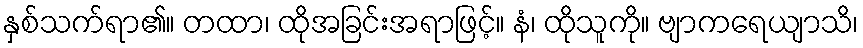
နှစ်သက်ရာ၏။ တထာ၊ ထိုအခြင်းအရာဖြင့်။ နံ၊ ထိုသူကို။ ဗျာကရေယျာသိ၊